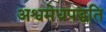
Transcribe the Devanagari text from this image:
अश्वमेधपद्धति